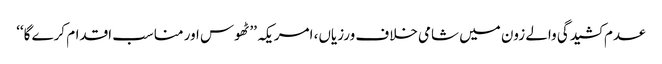
عدم کشیدگی والے زون میں شامی خلاف ورزیاں، امریکہ ’’ٹھوس اور مناسب اقدام کرے گا‘‘